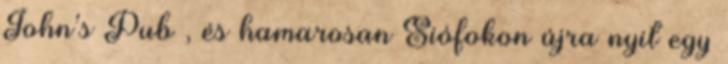
John’s Pub , és hamarosan Siófokon újra nyit egy